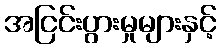
အငြင်းပွားမှုများနှင့်